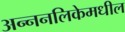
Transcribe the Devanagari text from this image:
अन्ननलिकेमधील